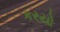
કરયો